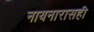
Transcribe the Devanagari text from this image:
नायनारासही